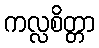
ကလ္လစိတ္တာ